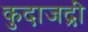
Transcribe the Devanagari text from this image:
कुदाजद्री